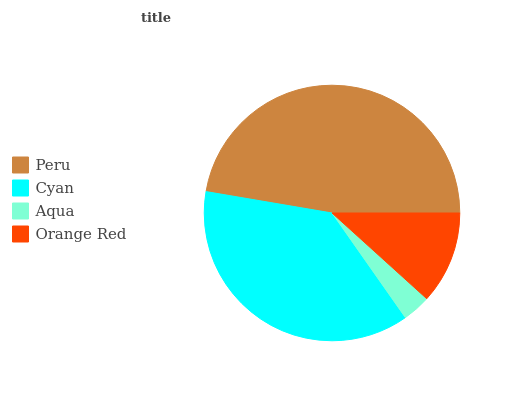
| Peru | Cyan | Aqua | Orange Red |
 | --- | --- | --- | --- |
 | 47.3% | 37.4% | 3.55% | 11.7% |